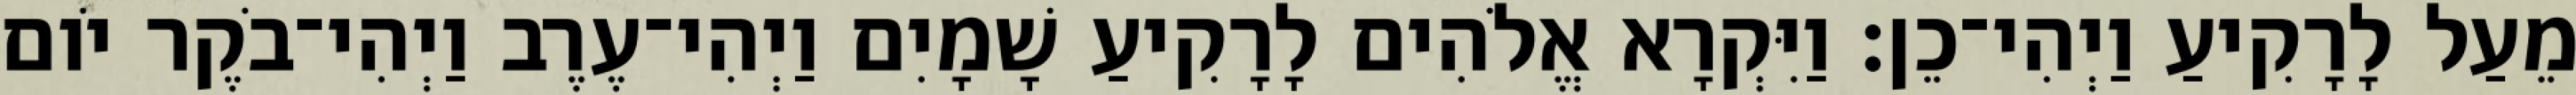
מֵעַל לָרָקִיעַ וַיְהִי־כֵן׃ וַיִּקְרָא אֱלֹהִים לָרָקִיעַ שָׁמָיִם וַיְהִי־עֶרֶב וַיְהִי־בֹקֶר יֹום